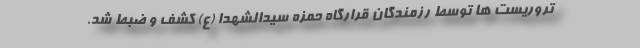
تروریست ها توسط رزمندگان قرارگاه حمزه سیدالشهدا (ع) کشف و ضبط شد.